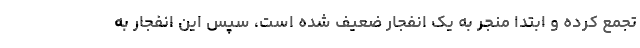
تجمع کرده و ابتدا منجر به یک انفجار ضعیف شده است، سپس این انفجار به